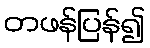
တဖန်ပြန်၍